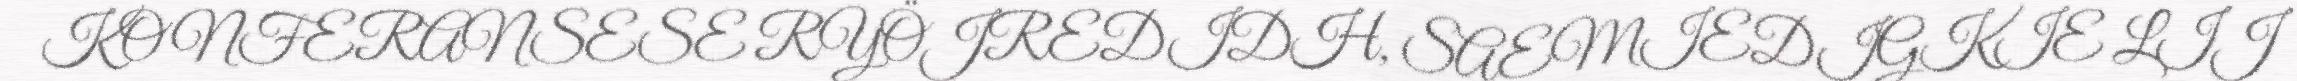
KONFERANSESE RYÖJREDIDH, SAEMIEDIGKIE LIJ